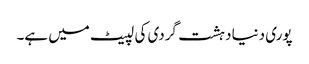
پوری دنیا دہشت گردی کی لپیٹ میں ہے۔